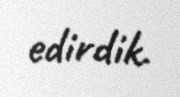
edirdik.